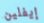
إيفلين